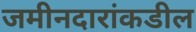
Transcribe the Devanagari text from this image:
जमीनदारांकडील